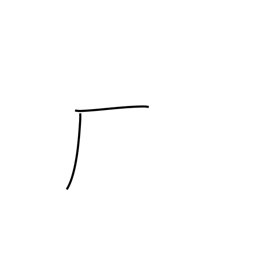
Meaning: trailing cliff radical (no. 27)